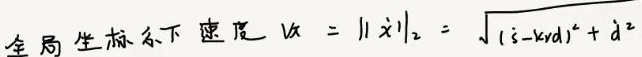
全局坐标系下速度 $v_x = \lVert \dot{x} \rVert_2 = \sqrt{(\dot{s}-krd)^2 + \dot{d}^2}$